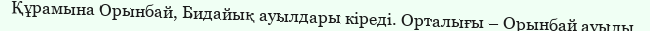
Құрамына Орынбай, Бидайық ауылдары кіреді. Орталығы – Орынбай ауылы.